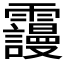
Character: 𲊒